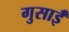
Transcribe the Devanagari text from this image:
गुसाईँ